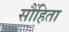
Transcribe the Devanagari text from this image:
सौंहिता